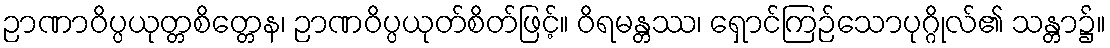
ဉာဏာဝိပ္ပယုတ္တစိတ္တေန၊ ဉာဏဝိပ္ပယုတ်စိတ်ဖြင့်။ ဝိရမန္တဿ၊ ရှောင်ကြဉ်သောပုဂ္ဂိုလ်၏ သန္တာ၌။